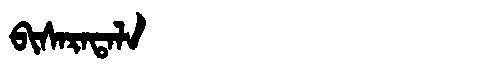
Manchu: ᠪᡳᠰᠠᡵᠠᡨᠠᠯᠠ
Romanization: BISARATALA